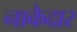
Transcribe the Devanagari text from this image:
नाकेदार